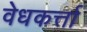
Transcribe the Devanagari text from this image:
वेधकर्त्ता